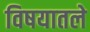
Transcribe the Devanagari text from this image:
विषयातले